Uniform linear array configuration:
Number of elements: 64
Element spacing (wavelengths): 0.25
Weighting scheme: cosine
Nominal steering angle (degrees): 15
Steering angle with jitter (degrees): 16.299
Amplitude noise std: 0.05
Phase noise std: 0.05

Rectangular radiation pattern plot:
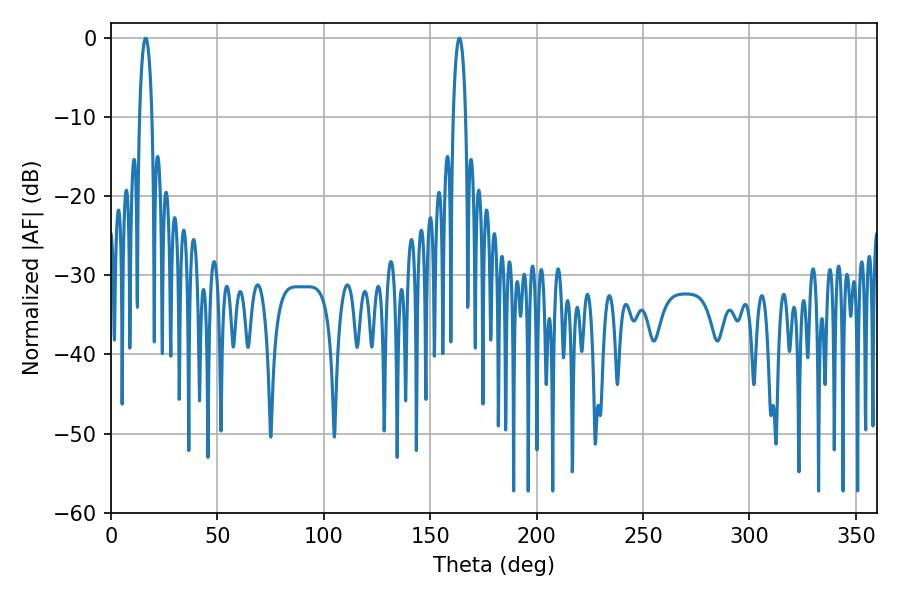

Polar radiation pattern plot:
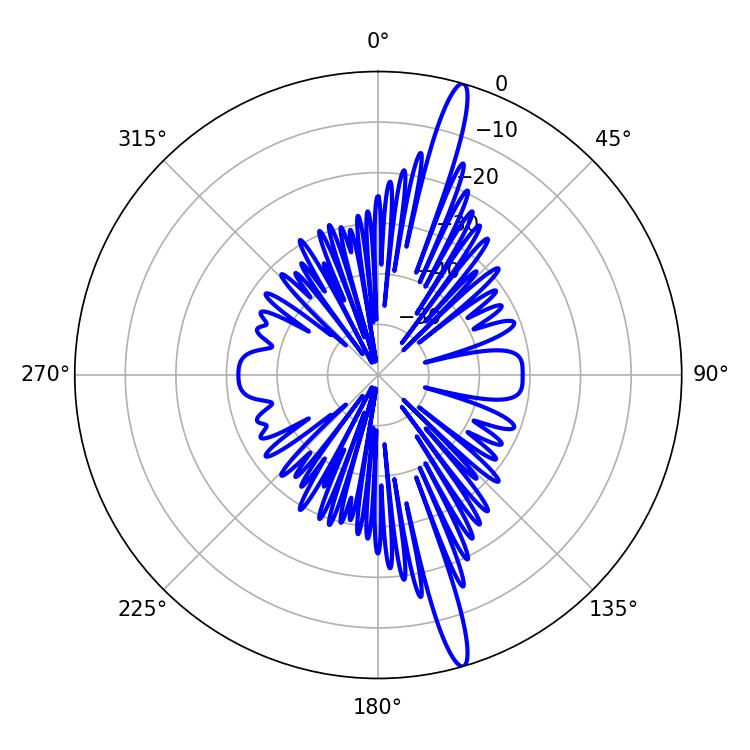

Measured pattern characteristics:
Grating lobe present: FALSE
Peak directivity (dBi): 17.363
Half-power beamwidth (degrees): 3.42
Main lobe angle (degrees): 16.2